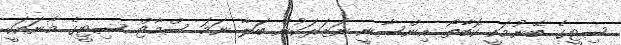
ސިޓީގެ ބޭނުމަކީ ކޮބާތޯ އިންސާނީ ނަޒަރަކުން ބަލާ ނަމަ ސްމާޓް ސިޓީގެ މާނައަކީ